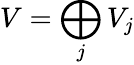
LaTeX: V=\bigoplus_{j}{V_{j}}